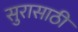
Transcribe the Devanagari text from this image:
सुरासाठी